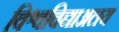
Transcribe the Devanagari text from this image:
विश्वविद्याअलय